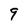
Character: 9